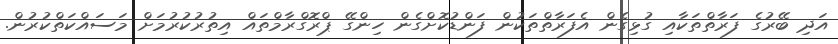
އަދި ބޭރުގެ ފަރާތްތަކާއި ގުޅިގެން އެފަރާތްތަކުން ފަންޑުކޮށްގެން ހިންގޭ ޕްރޮގްރާމްތައް އިތުރުކުރުމަށް މަސައްކަތްކުރުން.